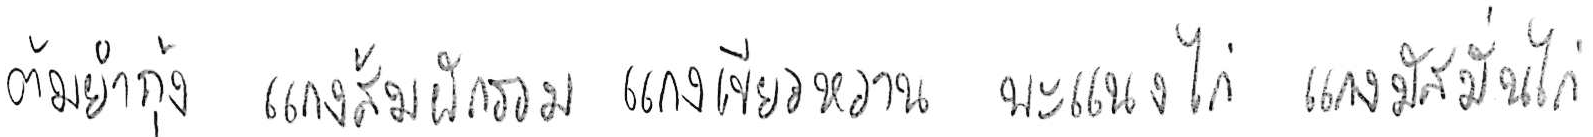
ต้มยำกุ้ง แกงส้มผักรวม แกงเขียวหวาน พะแนงไก่ แกงมัสมั่นไก่